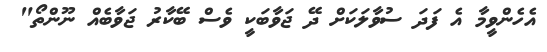
އެހެންވީމާ އެ ފަދަ ސުވާލަކަށް ދޭ ޖަވާބަކީ ވެސް ބޭކާރު ޖަވާބެއް ނޫންތޯ"